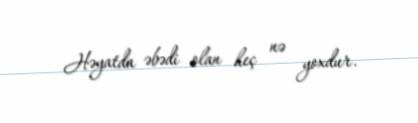
Həyatda əbədi olan heç nə yoxdur.